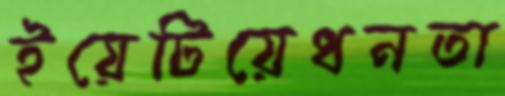
ইয়েটিয়েধনতা